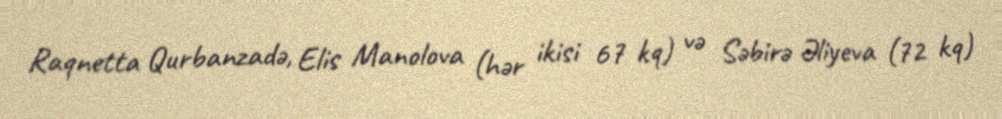
Raqnetta Qurbanzadə, Elis Manolova (hər ikisi 67 kq) və Səbirə Əliyeva (72 kq)